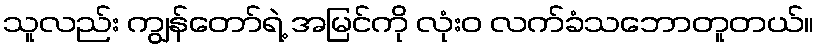
သူလည်း ကျွန်တော်ရဲ့ အမြင်ကို လုံးဝ လက်ခံသဘောတူတယ်။